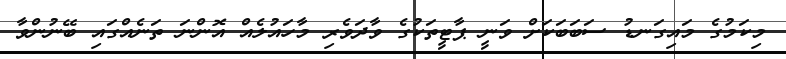
މިކަމުގެ މައިގަނޑު ސަބަބަކަށް ވަނީ ޕާޓީތަކުގެ ވާދަވެރި މާހައުލެއް އޮންނަ ތަނެއްގައި ބޭނުންވާ